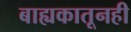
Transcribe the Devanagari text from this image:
बाह्यकातूनही